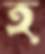
হ